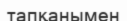
тапқанымен